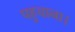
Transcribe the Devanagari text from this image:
पहुचाना।